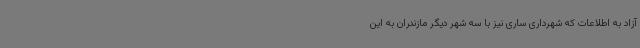
آزاد به اطلاعات که شهرداری ساری نیز با سه شهر دیگر مازندران به این